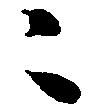
々